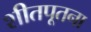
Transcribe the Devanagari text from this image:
शीतपूतना